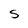
Character: S